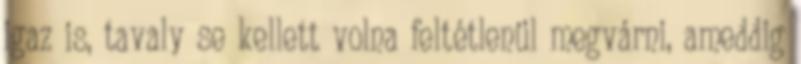
igaz is, tavaly se kellett volna feltétlenül megvárni, ameddig